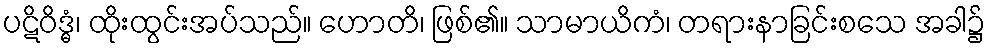
ပဋိဝိဒ္ဓံ၊ ထိုးထွင်းအပ်သည်။ ဟောတိ၊ ဖြစ်၏။ သာမာယိကံ၊ တရားနာခြင်းစသေ အခါ၌